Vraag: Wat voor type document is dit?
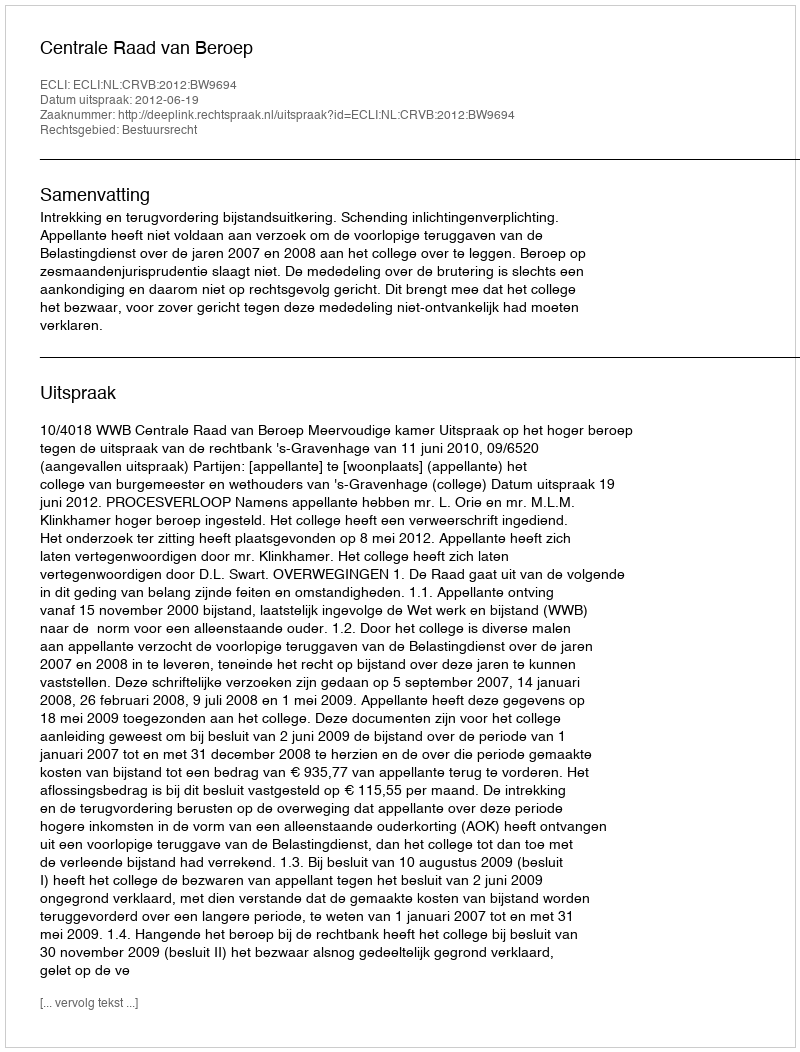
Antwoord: Uitspraak